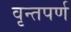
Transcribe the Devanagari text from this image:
वृन्तपर्ण